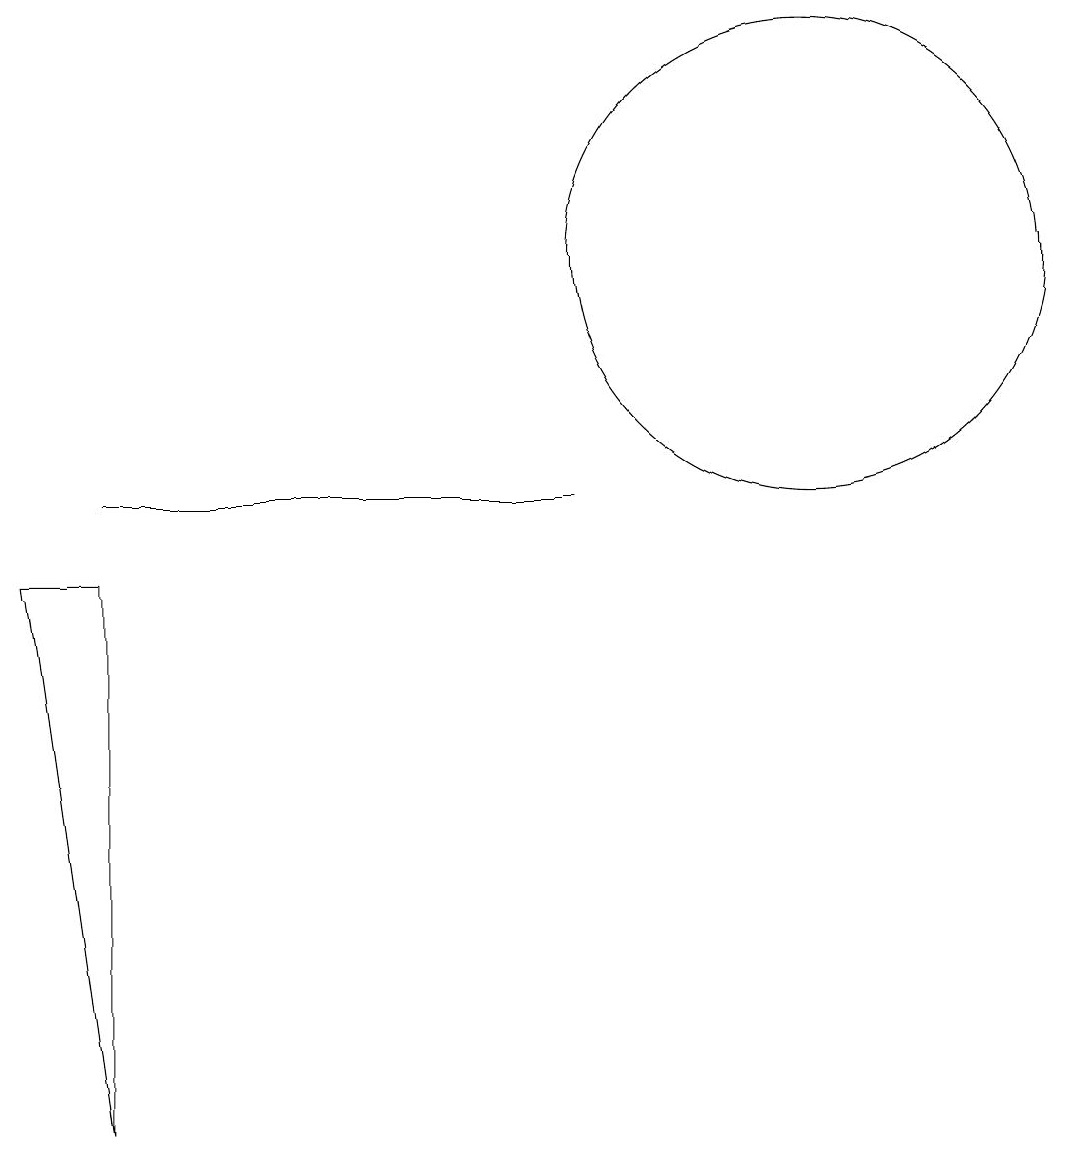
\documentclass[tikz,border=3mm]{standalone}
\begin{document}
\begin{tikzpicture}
\draw (0,7) -- (1,7) -- (1,0) -- cycle;
\draw (10,11) circle (3);
\draw (1,8) -- (7,8) -- (3,8) -- cycle;
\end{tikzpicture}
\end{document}